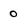
Character: 0